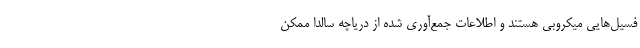
فسیل‌هایی میکروبی هستند و اطلاعات جمع‌آوری شده از دریاچه سالدا ممکن